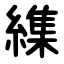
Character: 䌖